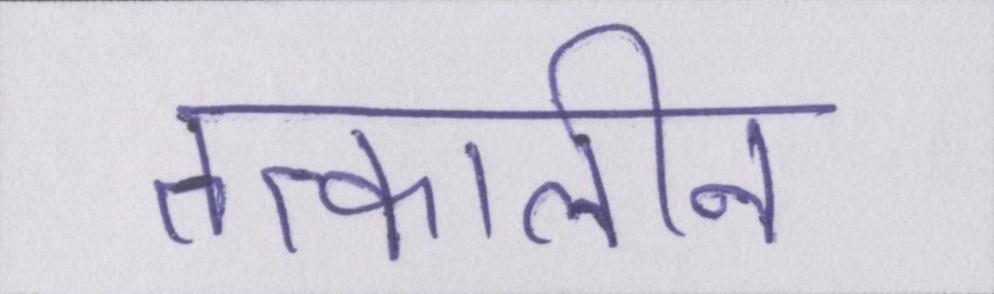
तत्कालीन